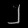
Digit: ၂